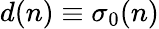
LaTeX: d(n)\equiv\sigma_{0}(n)